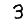
Digit: 3